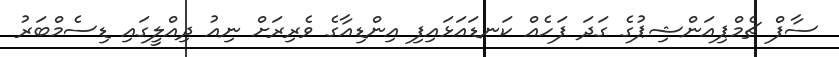
ސާފް ޗެމްޕިއަންޝިޕުގެ ގަދަ ފަހެއް ކަނޑައަޅައިފި އިންޑިއާގެ ވެރިރަށް ނިއު ދިއްލީގައި ޑިސެމްބަރު